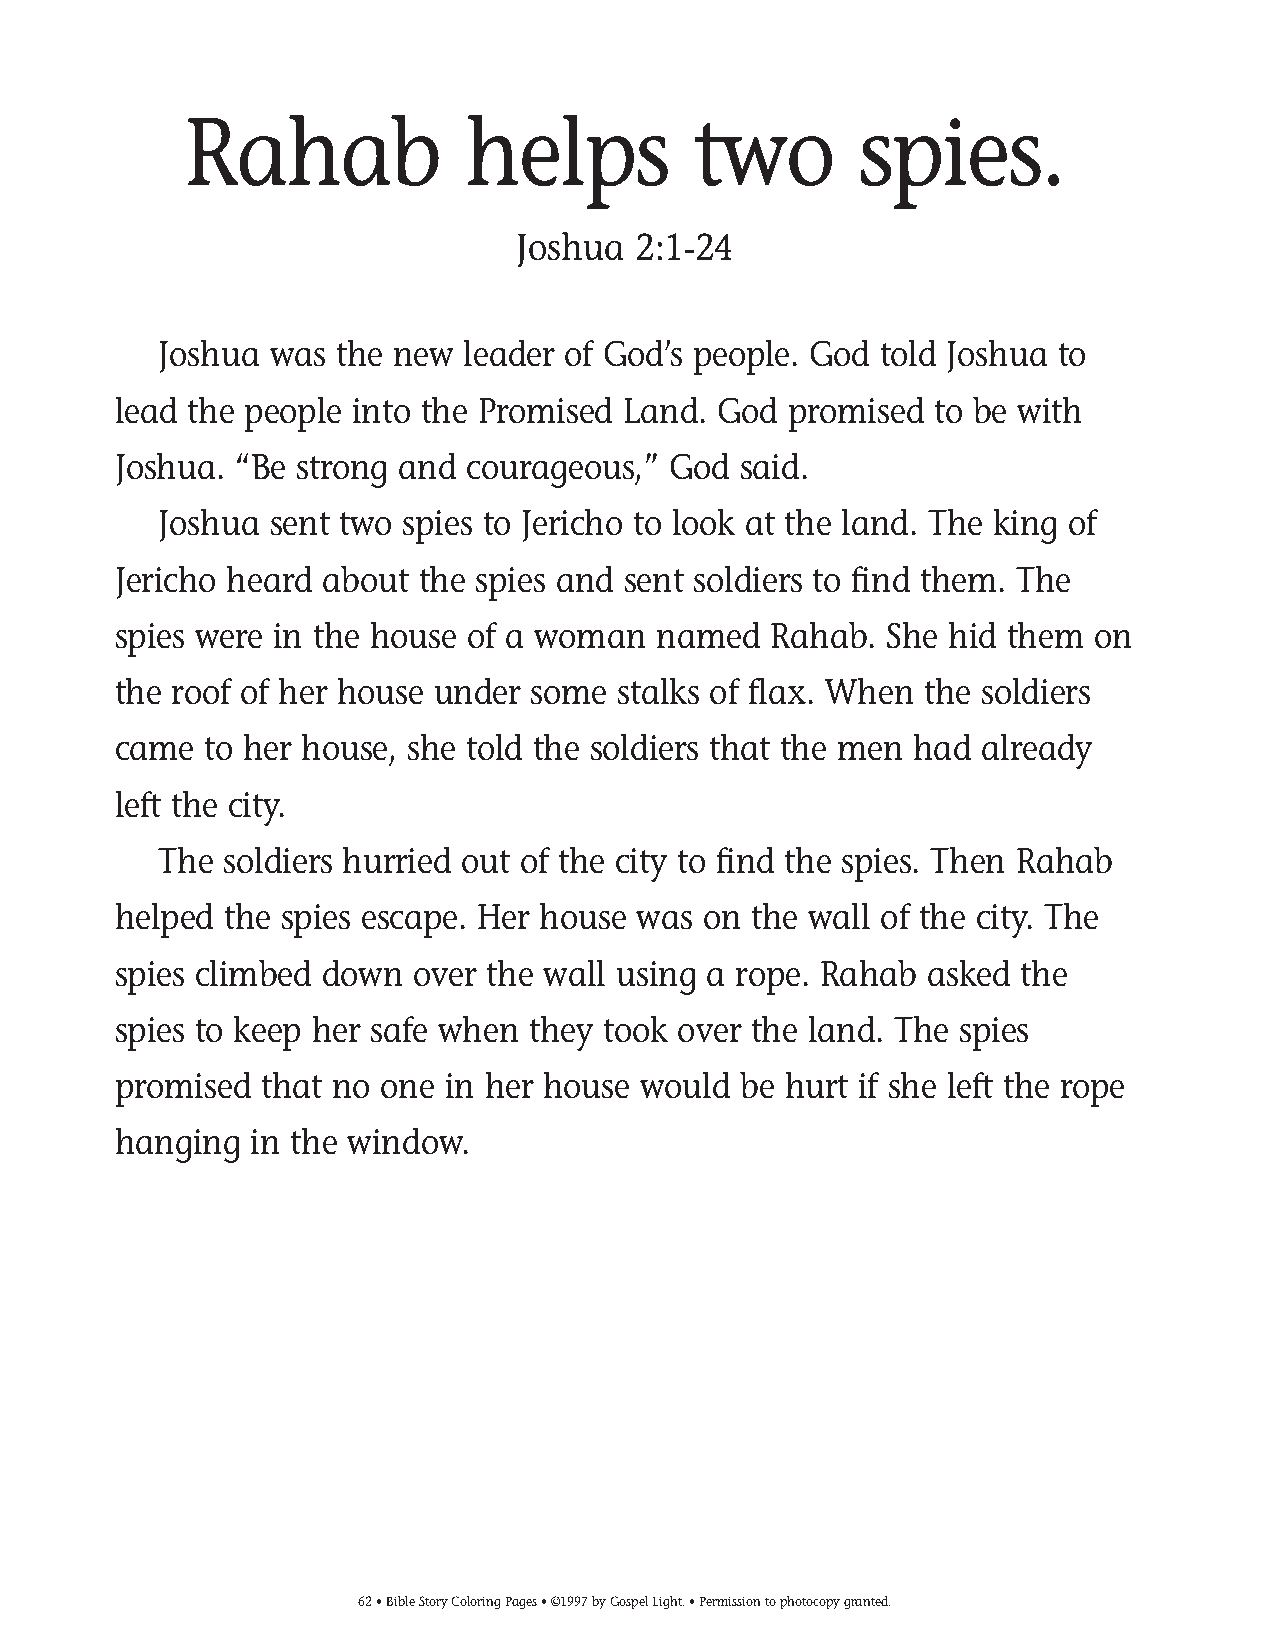
035-64 Coloring pgs_035-64 Coloring pgs 2/19/14 11:45 AM Page 62
 Rahab             helps          two        spies.
 Joshua  2:1-24
 Joshua was  the new leader of God’s people. God told Joshua to
 lead the people into the Promised Land. God  promised to be with
 Joshua. “Be strong and courageous,”  God said.
 Joshua sent two spies to Jericho to look at the land. The king of
 Jericho heard about the spies and sent soldiers to find them. The
 spies were in the house of a woman  named  Rahab.  She hid them  on
 the roof of her house under some stalks of flax. When the soldiers
 came  to her house, she told the soldiers that the men had already
 left the city.
 The soldiers hurried out of the city to find the spies. Then Rahab
 helped the spies escape. Her house was on the wall of the city. The
 spies climbed down  over the wall using a rope. Rahab asked the
 spies to keep her safe when they took over the land. The spies
 promised  that no one in her house would be hurt if she left the rope
 hanging  in the window.
 62• Bible Story Coloring Pages • ©1997 by Gospel Light. • Permission to photocopy granted.